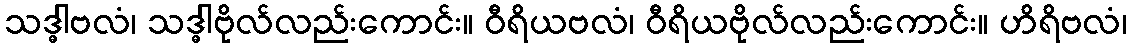
သဒ္ဓါဗလံ၊ သဒ္ဓါဗိုလ်လည်းကောင်း။ ဝီရိယဗလံ၊ ဝီရိယဗိုလ်လည်းကောင်း။ ဟိရိဗလံ၊